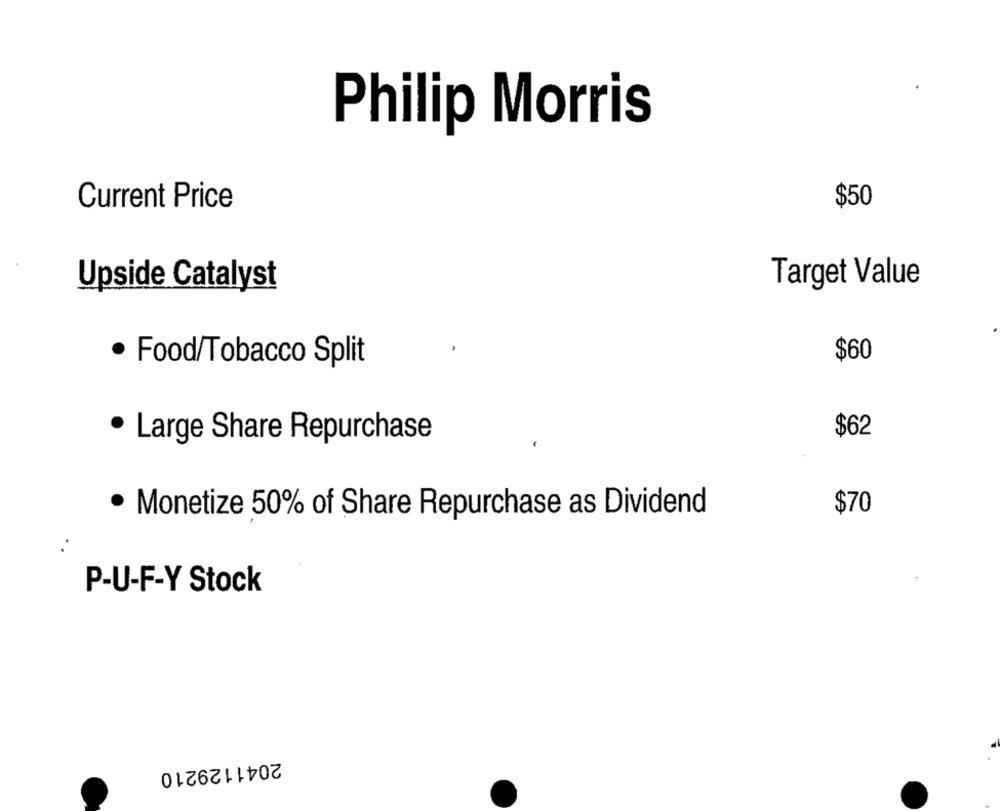
Philip Morris
Current Price
$50
Target Value
Upside Catalyst
$60
Food/Tobacco Split
· Large Share Repurchase
$62
$70
· Monetize 50% of Share Repurchase as Dividend
P-U-F-Y Stock
2041129210